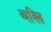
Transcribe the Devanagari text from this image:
व्‍यक्‍ति